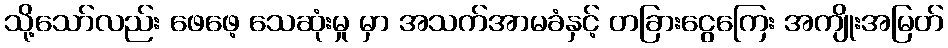
သို့သော်လည်း ဖေဖေ့ သေဆုံးမှု မှာ အသက်အာမခံနှင့် တခြားငွေကြေး အကျိုးအမြတ်